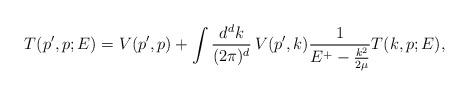
LaTeX: \begin{align*}T(p',p;E)=V(p',p) + \int \frac{d^dk}{(2 \pi)^d} \, V(p',k) \frac{1}{E^+ - \frac{k^2}{2 \mu}} T(k,p;E),\end{align*}